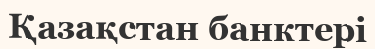
Қазақстан банктері